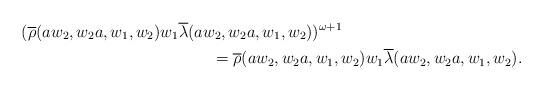
LaTeX: \begin{align*} (\overline{\rho}(aw_2,w_2a,w_1,w_2) w_1& \overline{\lambda}(aw_2,w_2a,w_1,w_2))^{\omega+1}\\ &\quad\quad=\overline{\rho}(aw_2,w_2a,w_1,w_2) w_1 \overline{\lambda}(aw_2,w_2a,w_1,w_2). \end{align*}